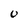
Character: 0